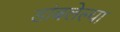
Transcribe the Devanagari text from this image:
डांबलेल्या